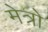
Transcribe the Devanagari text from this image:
मेत्रो